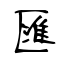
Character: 匯